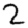
Digit: 2